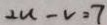
2 u - v = 7